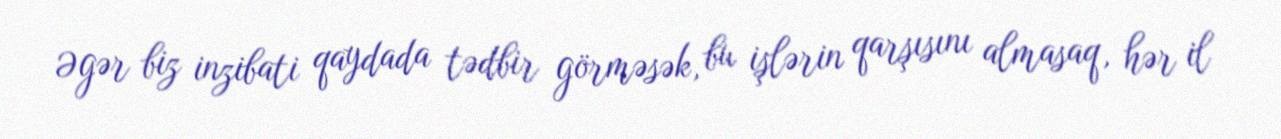
Əgər biz inzibati qaydada tədbir görməsək, bu işlərin qarşısını almasaq, hər il